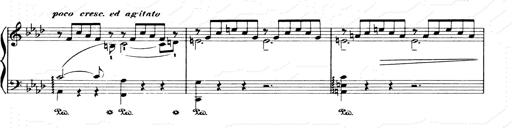
Title: Consolations and LiebestrÃ¤ume for the Piano
Composer: Franz Liszt